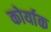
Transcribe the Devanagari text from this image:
कोर्याक